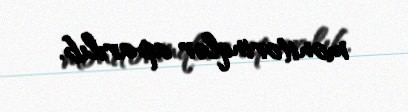
monitorinqlər aparılıb.